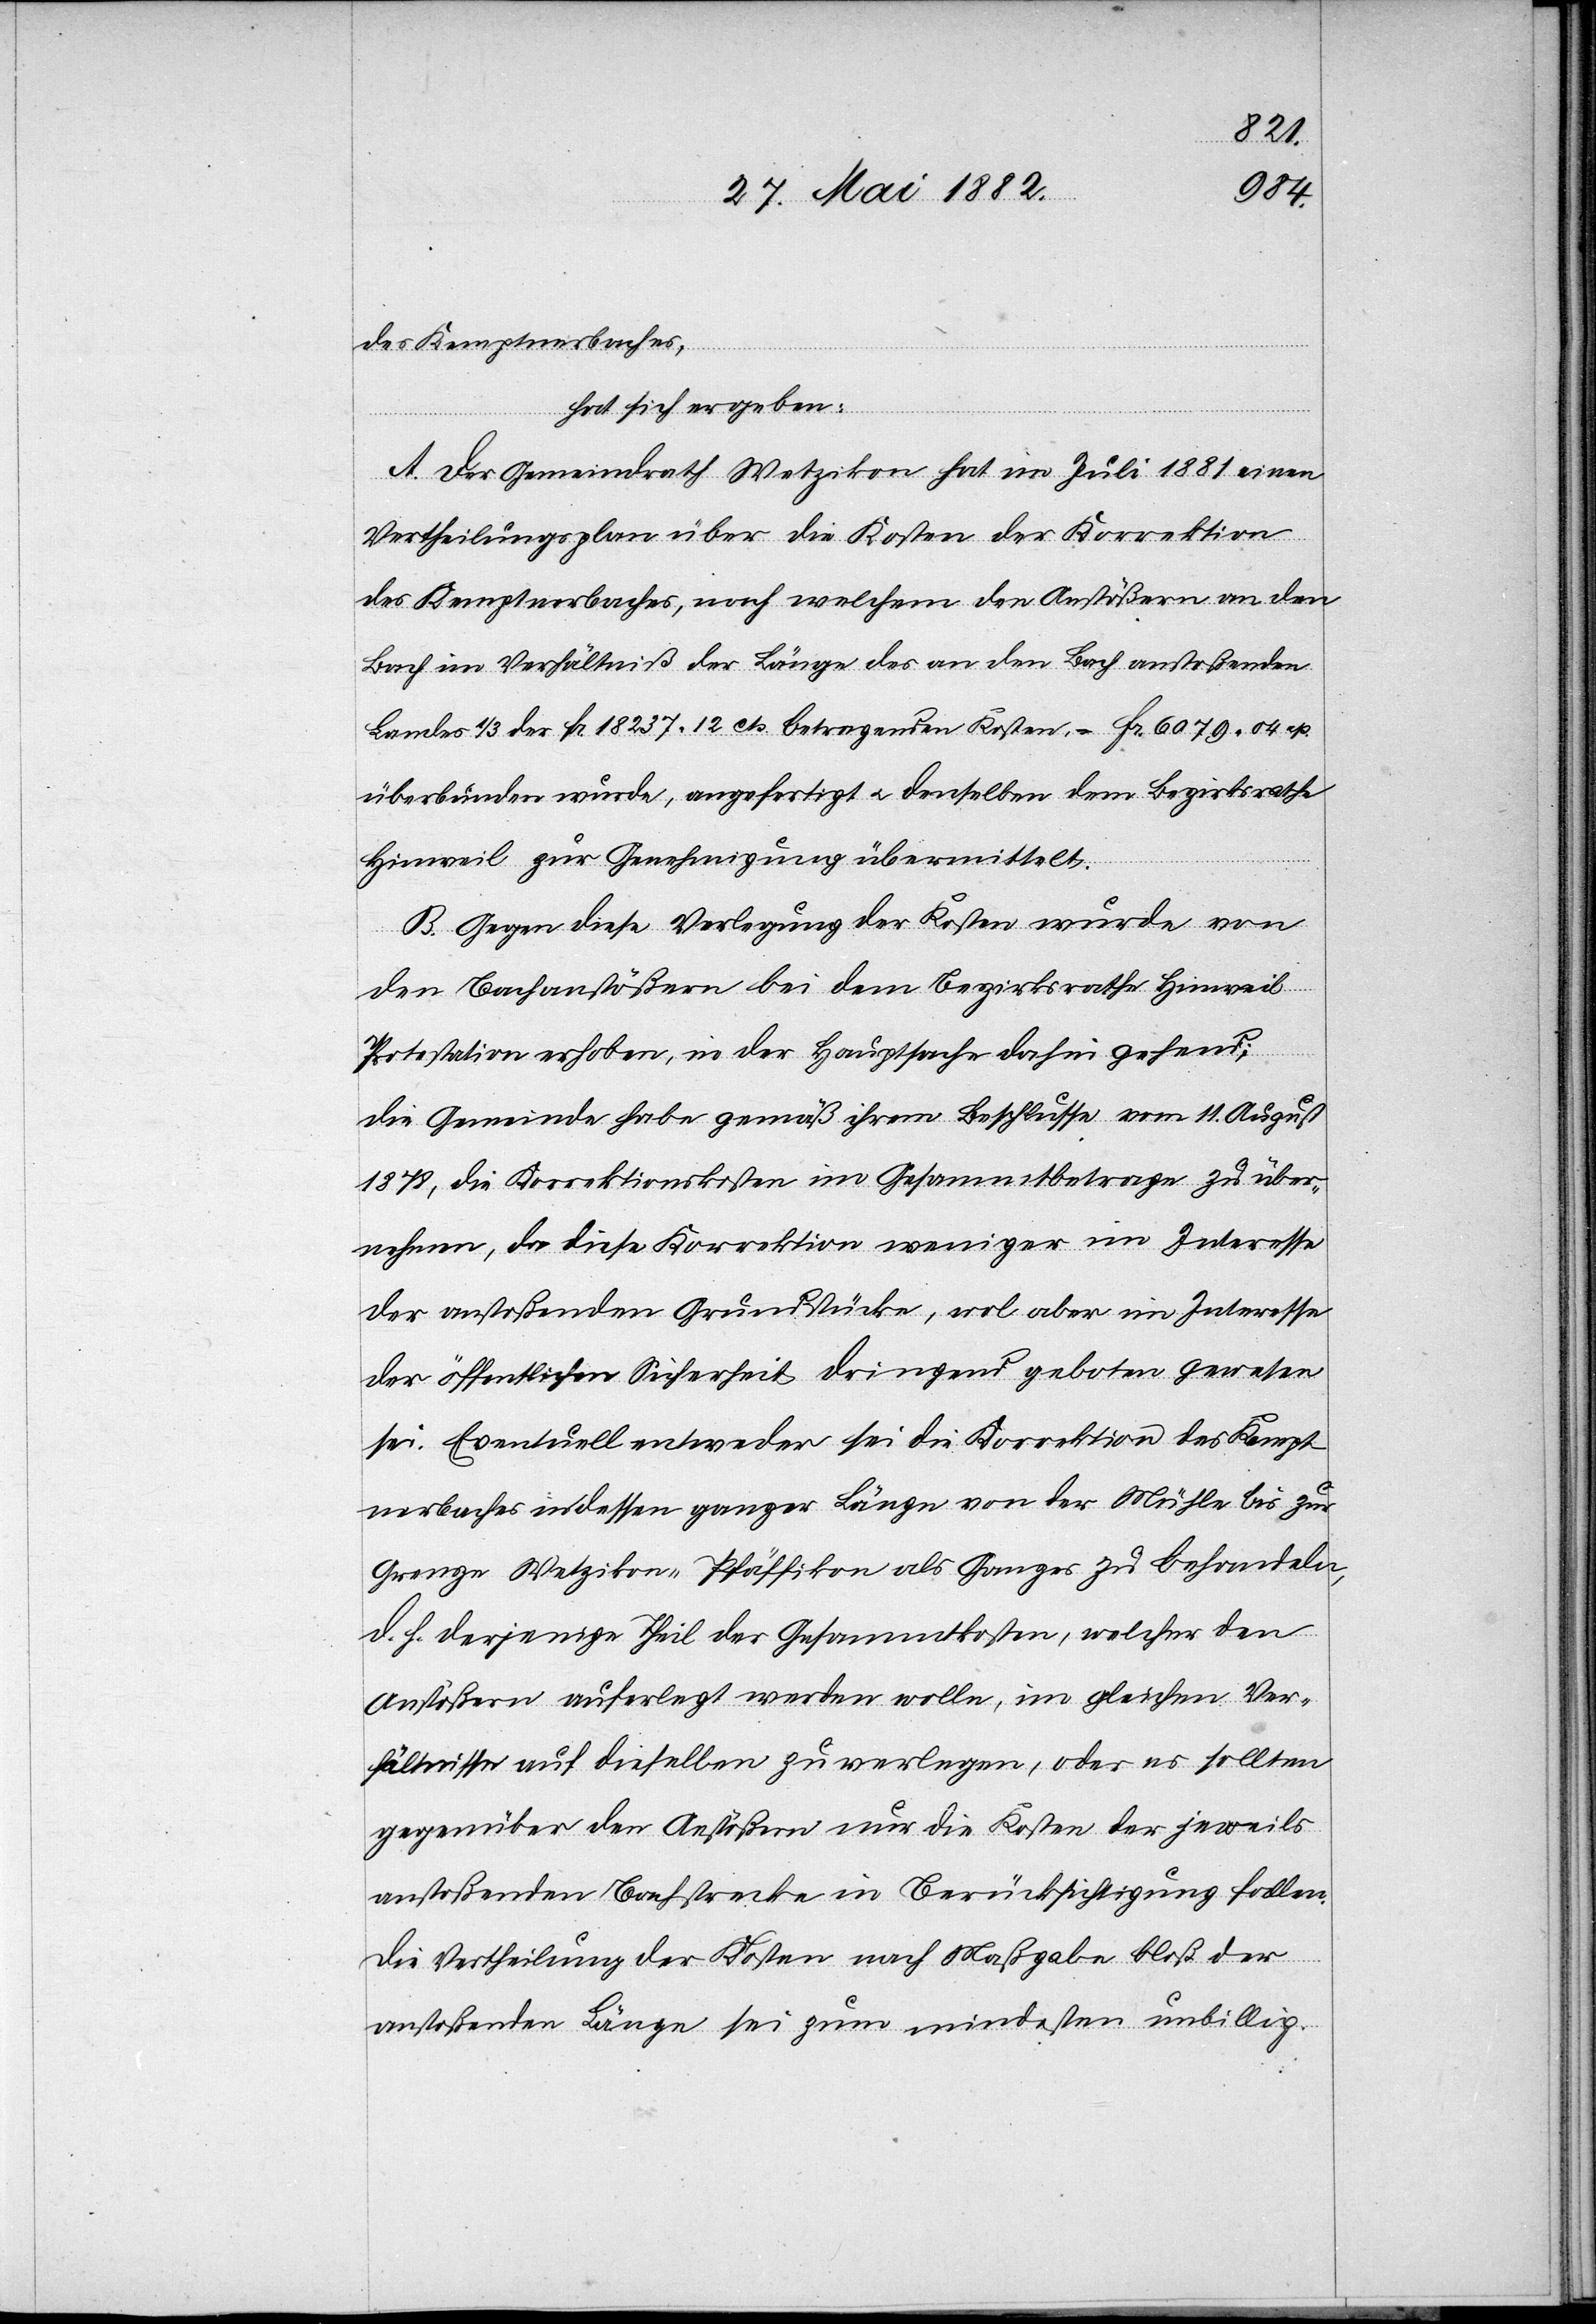
des Kemptnerbaches,
hat sich ergeben:
A. Der Gemeindrath Wetzikon hat im Juli 1881 einen
Vertheilungsplan über die Kosten der Korrektion
des Kemptnerbaches, nach welchem den Anstößern an den
Bach im Verhältniß der Länge des an den Bach anstoßenden
Landes 1/3 der Fr. 18 237 12 cts. betragenden Kosten, = Fr. 6079 04 cts.
überbunden wurde, angefertigt u. denselben dem Bezirksrathe
Hinweil zur Genehmigung übermittelt.
B. Gegen diese Verlegung der Kosten wurde von
den Bachanstößern bei dem Bezirksrathe Hinweil
Protestation erhoben, in der Hauptsache dahin gehend:
Die Gemeinde habe gemäß ihrem Beschluß vom 11. August
1878, die Korrektionskosten im Gesammtbetrage zu über¬
nehmen, da diese Korrektion weniger im Interesse
der anstoßenden Grundstücke, wol aber im Interesse
der öffentlichen Sicherheit dringend geboten gewesen
sei. Eventuell entweder sei die Korrektion des Kempt¬
nerbaches in dessen ganzer Länge von der Mühle bis zur
Grenze Wetzikon–Pfäffikon als ganzes zu behandeln,
d. h. derjenige Theil der Gesammtkosten, welcher den
Anstößern auferlegt werden wolle, im gleichen Ver¬
hältnisse auf dieselben zu verlegen, oder es sollten
gegenüber den Anstößern nur die Kosten der jeweils
anstoßenden Bachstrecke in Berücksichtigung fallen.
Die Vertheilung der Kosten nach Maßgabe bloß der
anstoßenden Länge sei zum mindesten unbillig